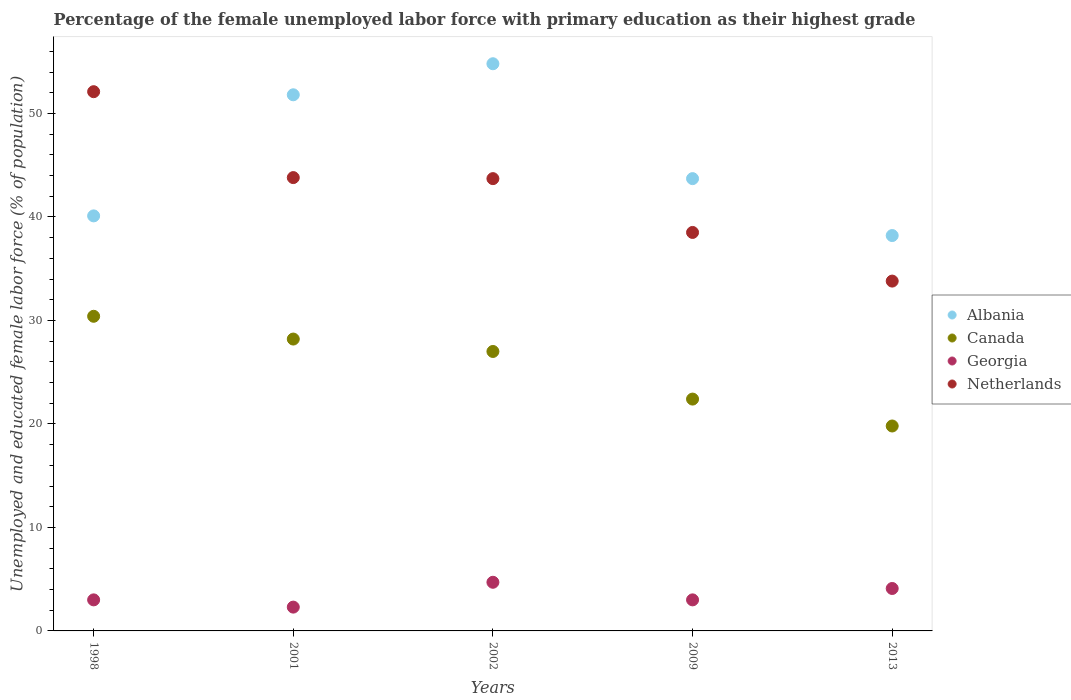
| Years | Albania | Canada | Georgia | Netherlands |
 | --- | --- | --- | --- | --- |
 | 1998 | 40.1 | 30.4 | 3 | 52.1 |
 | 2001 | 51.8 | 28.2 | 2.3 | 43.8 |
 | 2002 | 54.8 | 27 | 4.7 | 43.7 |
 | 2009 | 43.7 | 22.4 | 3 | 38.5 |
 | 2013 | 38.2 | 19.8 | 4.1 | 33.8 |